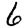
Digit: 6